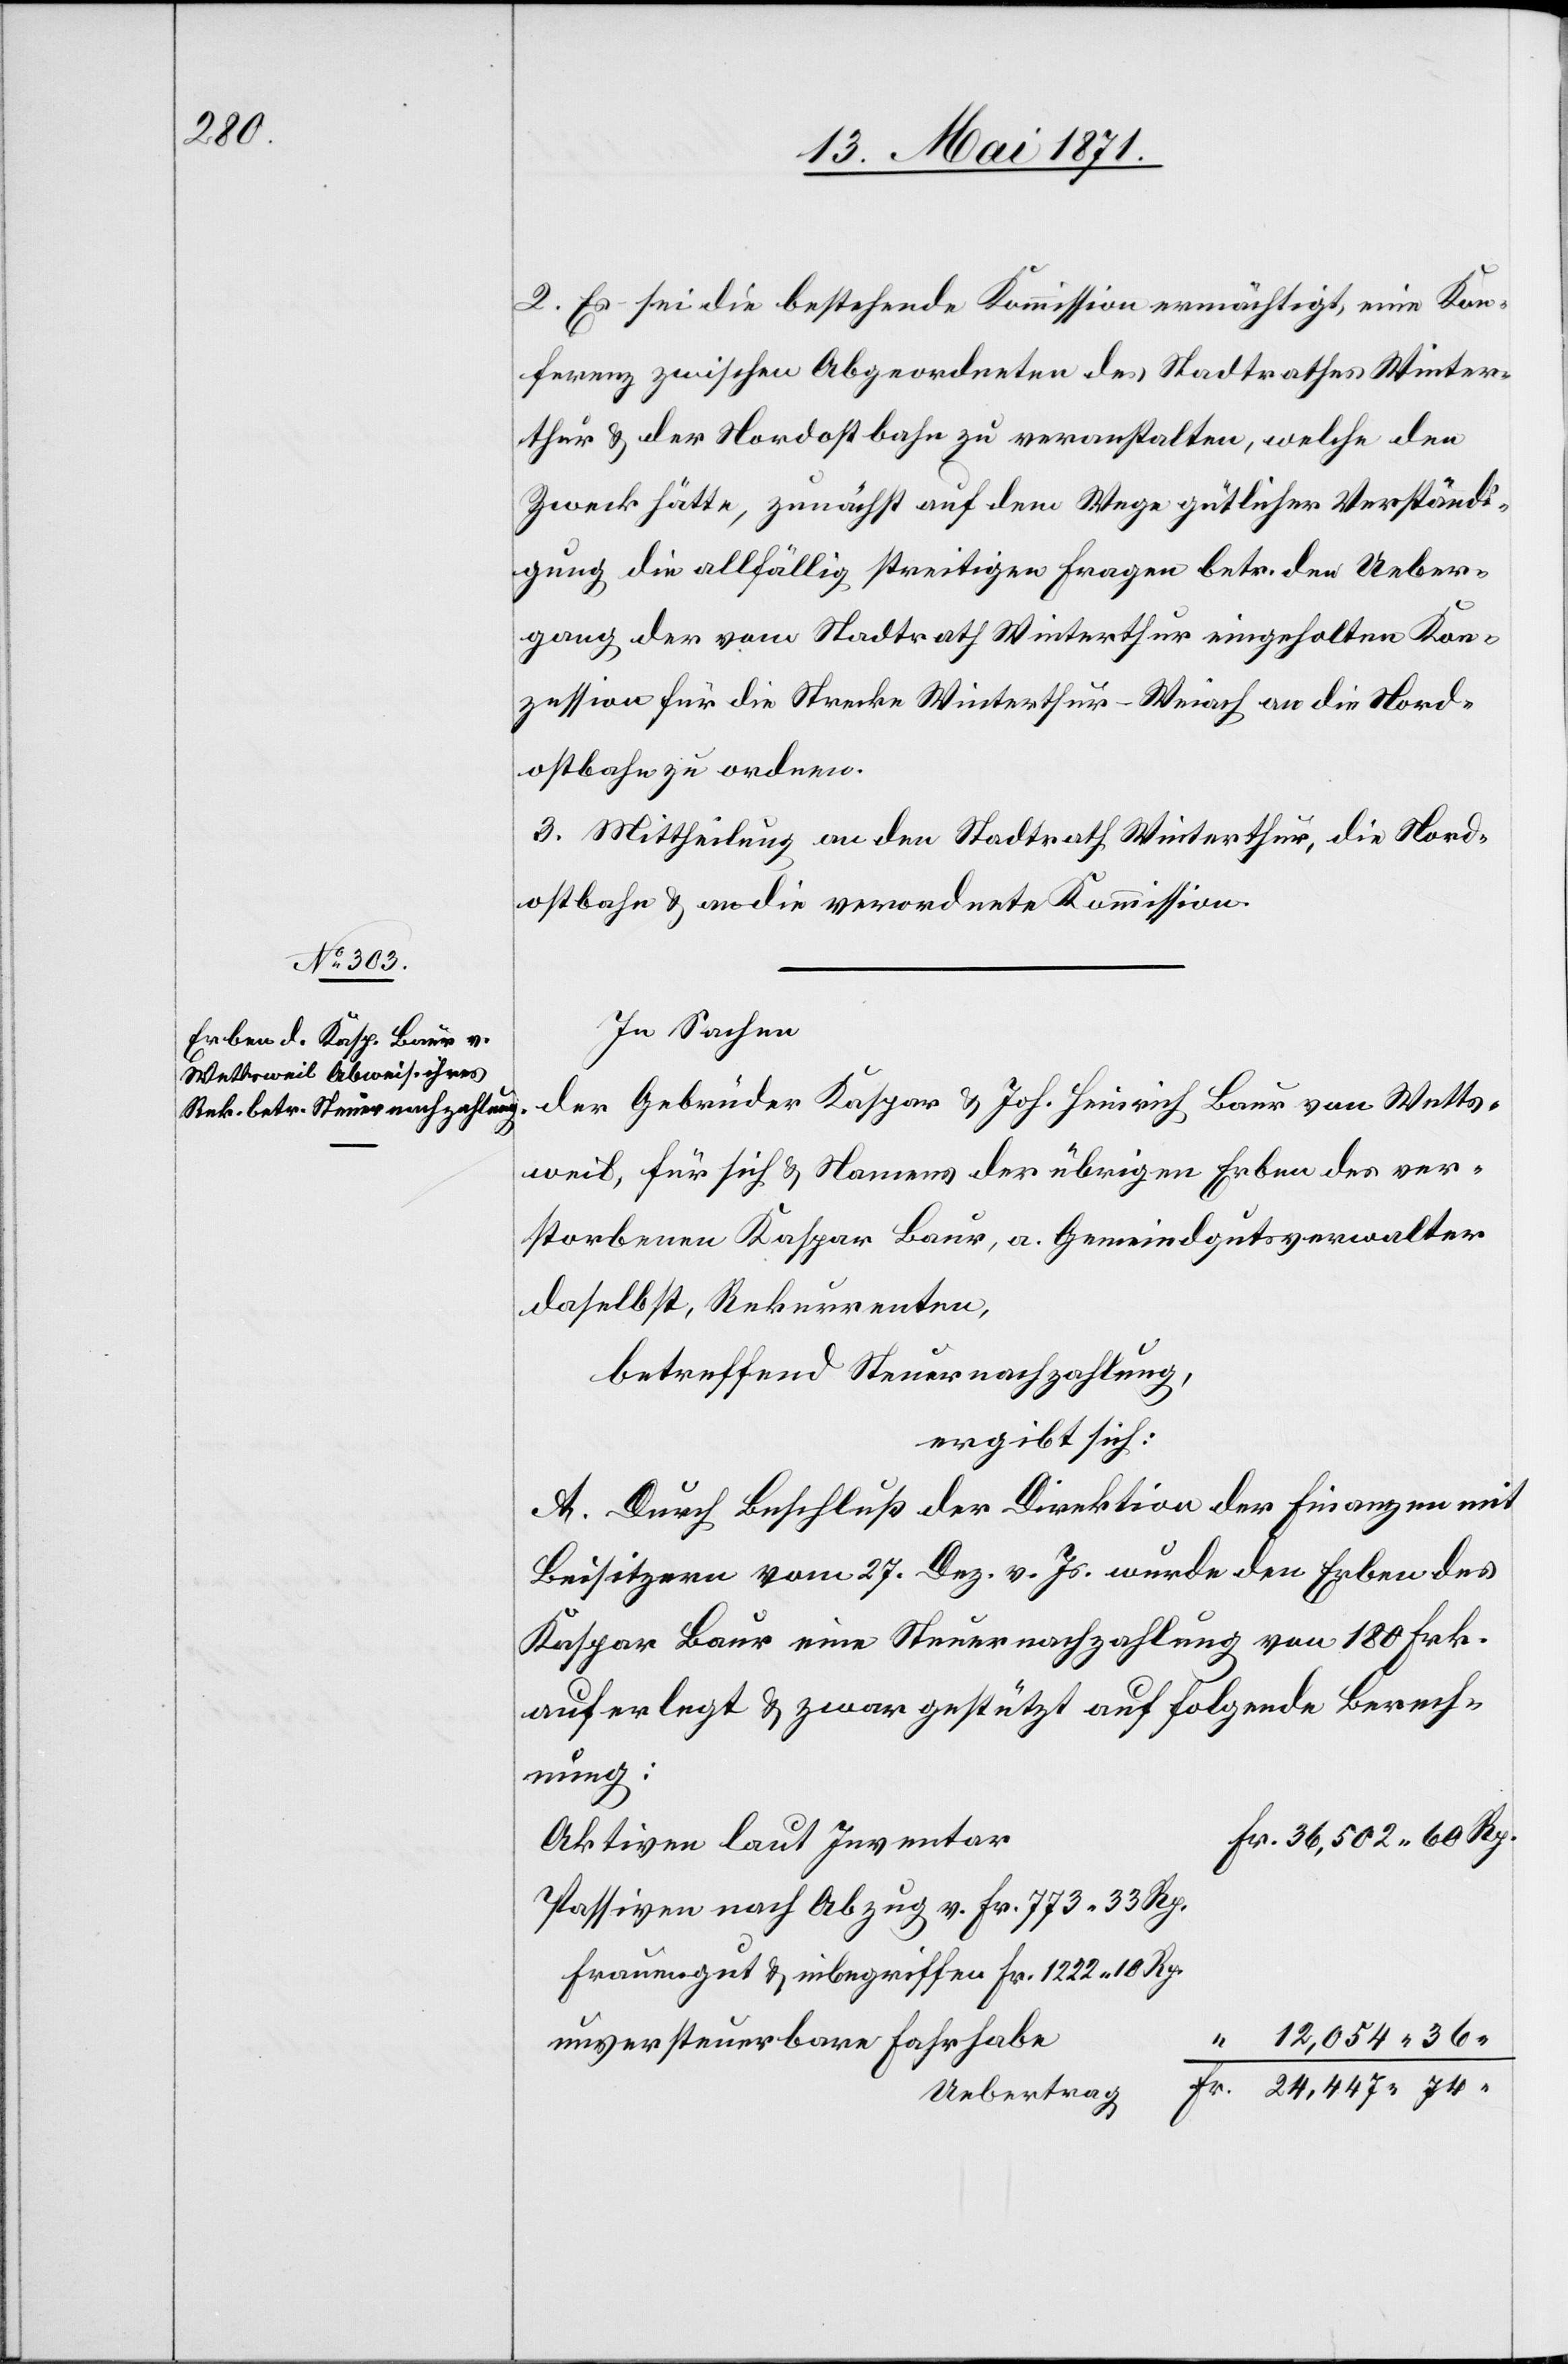
12,054.36.

2. Es sei die bestehende Kommission ermächtigt, eine Kon¬
ferenz zwischen Abgeordneten des Stadtrathes Winter¬
thur u. der Nordostbahn zu veranstalten, welche den
Zweck hätte, zunächst auf dem Wege gütlicher Verständi¬
gung die allfällig streitigen Fragen betr. den Ueber¬
gang der vom Stadtrath Winterthur eingeholten Kon¬
zession für die Strecke Winterthur-Weiach an die Nord¬
ostbahn zu ordnen.
3. Mittheilung an den Stadtrath Winterthur, die Nord¬
ostbahn u. an die verordnete Kommission.
In Sachen
der Gebrüder Kaspar u. Joh. Heinrich Baur von Wetts¬
weil für sich u. Namens der übrigen Erben des ver¬
storbenen Kaspar Baur, a. Gemeindgutsverwalter
daselbst, Rekurrenten,
betreffend Steuernachzahlung,
ergibt sich:
A. Durch Beschluß der Direktion der Finanzen mit
Beisitzern vom 27. Dez. v. Js. wurde den Erben des
Kaspar Baur eine Steuernachzahlung von 180 Frk.
auferlegt u. zwar gestützt auf folgende Berech¬
nung:
Aktiven laut Inventar
Passiven nach Abzug v. Fr. 773.33 Rp.
Frauengut und inbegriffen Fr. 1222.10 Rp.
unversteuerbare Fahrhabe
Uebertrag